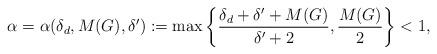
LaTeX: \begin{align*}\alpha=\alpha(\delta_d, M(G), \delta^{\prime}):=\max\left\{\frac{\delta_d + \delta^{\prime} + M(G)}{\delta^{\prime}+2}, \frac{M(G)}{2}\right\} < 1,\end{align*}